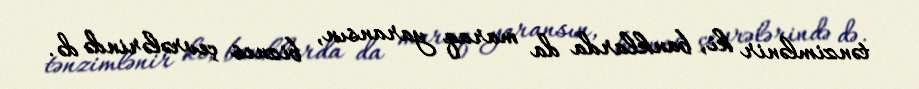
tənzimlənir ki, banklarda da maraq yaransın, biznes çevrələrində də.